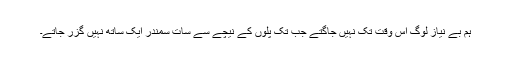
ہم بے نیاز لوگ اس وقت تک نہیں جاگتے جب تک پلوں کے نیچے سے سات سمندر ایک ساتھ نہیں گزر جاتے۔